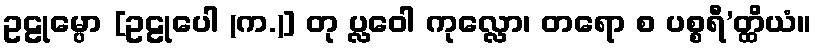
ဥဠုမ္ပော [ဥဠုပေါ (က.)] တု ပ္လဝေါ ကုလ္လော၊ တရော စ ပစ္စရီ’တ္ထိယံ။